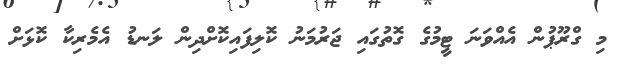
މި ގްރޫޕުން އެއްވަނަ ޓީމުގެ ގޮތުގައި ޖަރުމަނު ކޮލިފައިކޮށްދިން ލަނޑު އެމެރިކާ ކޮޅަށް